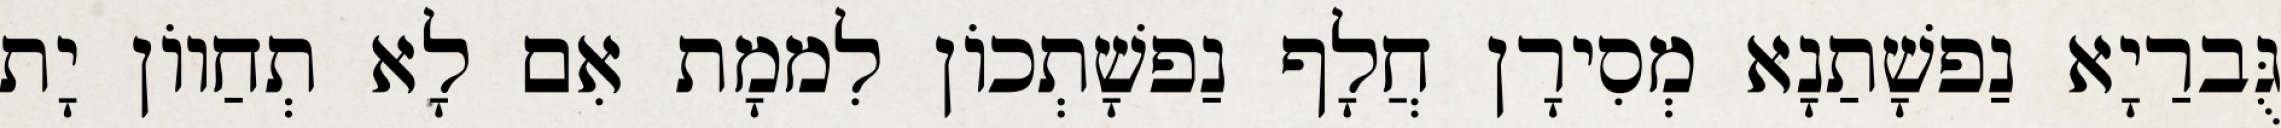
גֻּברַיָא נַפשָׁתַנָא מְסִירָן חֲלָף נַפשָׁתְכוֹן לִממָת אִם לָא תְחַווֹן יָת